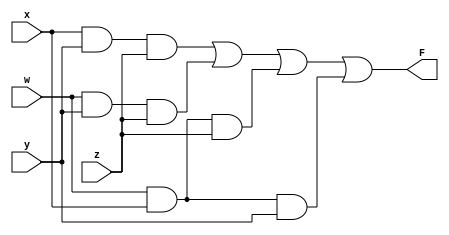
module circuit_4_6(F, w, x, y, z);
    output F;
    input w, x, y, z;
    //F = xyz + wyz + wxz + wxy
    wire w1, w2, w3, w4;
    and g1(w1, x, y, z);
    and g2(w2, w, y, z);
    and g3(w3, w, x, z);
    and g4(w4, w, x, y);
    or g5(F, w1, w2, w3, w4);
endmodule

module circuit_4_6_tb;
    reg [3:0] in;
    wire f;
    //Instantiate UUT
    circuit_4_6 UUT(f, in[3], in[2], in[1], in[0]);

    //stimulus block
    initial
        begin
            in = 4'b0000;
            repeat(15) #10 in = in + 1'b1;
        end
    initial $monitor("wxyz = %b, F = %b", in, f);
endmodule